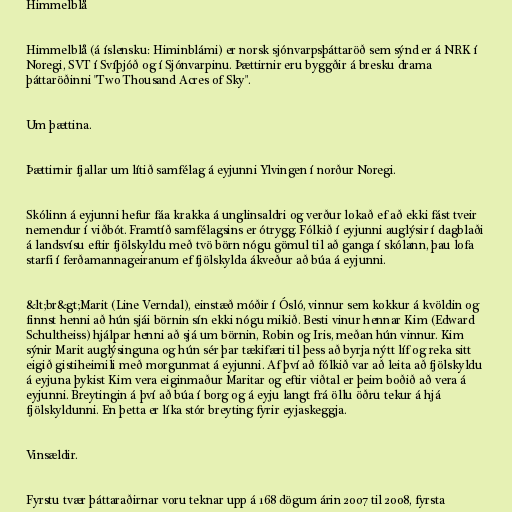
Himmelblå

Himmelblå (á íslensku: Himinblámi) er norsk sjónvarpsþáttaröð sem sýnd er á NRK í
Noregi, SVT í Svíþjóð og í Sjónvarpinu. Þættirnir eru byggðir á bresku drama
þáttaröðinni "Two Thousand Acres of Sky".

Um þættina.

Þættirnir fjallar um lítið samfélag á eyjunni Ylvingen í norður Noregi.

Skólinn á eyjunni hefur fáa krakka á unglinsaldri og verður lokað ef að ekki fást tveir
nemendur í viðbót. Framtíð samfélagsins er ótrygg. Fólkið í eyjunni auglýsir í dagblaði
á landsvísu eftir fjölskyldu með tvö börn nógu gömul til að ganga í skólann, þau lofa
starfi í ferðamannageiranum ef fjölskylda ákveður að búa á eyjunni.

&lt;br&gt;Marit (Line Verndal), einstæð móðir í Ósló, vinnur sem kokkur á kvöldin og
finnst henni að hún sjái börnin sín ekki nógu mikið. Besti vinur hennar Kim (Edward
Schultheiss) hjálpar henni að sjá um börnin, Robin og Iris, meðan hún vinnur. Kim
sýnir Marit auglýsinguna og hún sér þar tækifæri til þess að byrja nýtt líf og reka sitt
eigið gistiheimili með morgunmat á eyjunni. Af því að fólkið var að leita að fjölskyldu
á eyjuna þykist Kim vera eiginmaður Maritar og eftir viðtal er þeim boðið að vera á
eyjunni. Breytingin á því að búa í borg og á eyju langt frá öllu öðru tekur á hjá
fjölskyldunni. En þetta er líka stór breyting fyrir eyjaskeggja.

Vinsældir.

Fyrstu tvær þáttaraðirnar voru teknar upp á 168 dögum árin 2007 til 2008, fyrsta